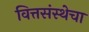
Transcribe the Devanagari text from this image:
वित्तसंस्थेचा